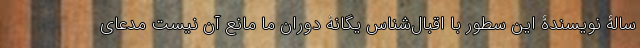
سالۀ نویسندۀ این سطور با اقبال‌شناس یگانۀ دوران ما مانع آن نیست مدعای